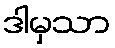
ဒါမှသာ